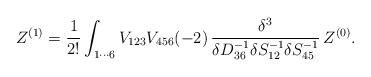
LaTeX: \begin{align*} Z^{(1)}=\frac{1}{2!}\int_{1\cdots 6}V_{123}V_{456}(-2)\,\frac{\delta^3}{\delta D^{-1}_{36}\delta S^{-1}_{12}\delta S^{-1}_{45}}\,Z^{(0)}.\end{align*}